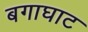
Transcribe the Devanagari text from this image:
बगाघाट